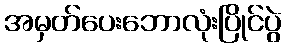
အမှတ်ပေးဘောလုံးပြိုင်ပွဲ